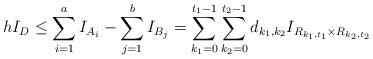
LaTeX: \begin{align*} h I_D \le \sum_{i=1}^a I_{A_i}-\sum_{j=1}^b I_{B_j}=\sum_{k_1=0}^{t_1-1}\sum_{k_2=0}^{t_2-1} d_{k_1,k_2} I_{R_{k_1,t_1}\times R_{k_2,t_2}} \end{align*}